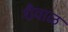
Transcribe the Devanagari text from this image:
शैवाळ